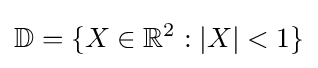
\mathbb {D} =\{X\in \mathbb {R} ^{2}:|X|<1\}